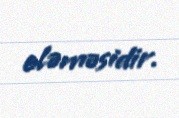
eləməsidir.